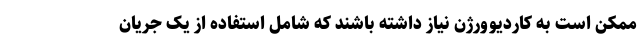
ممکن است به کاردیوورژن نیاز داشته باشند که شامل استفاده از یک جریان